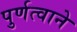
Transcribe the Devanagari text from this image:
पुर्णत्वाने